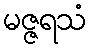
မဇ္ဇရသံ